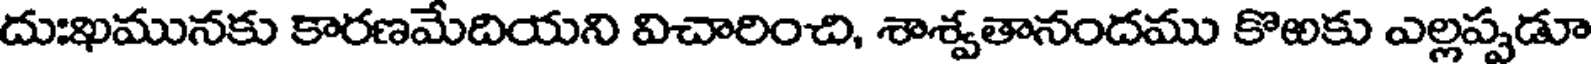
దుఃఖమునకు కారణమేదియని విచారించి, శాశ్వతానందము కొఱకు ఎల్లప్పడూ